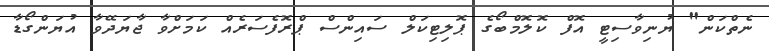
ނެތްކަން" ޔުނިވާސިޓީ އޮފް ކޮލޮމްބޯގެ ޕޮލިޓިކަލް ސައިންސް ޕްރޮފެސަރެއް ކަމަށްވާ ޖާޔަދޭވާ އުޔަންގޯޑާ